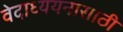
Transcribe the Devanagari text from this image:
वेदाध्ययनासाठी